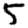
Digit: 5